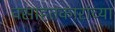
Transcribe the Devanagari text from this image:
वसाहतकारांच्या